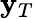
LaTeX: \mathbf{y}_{T}